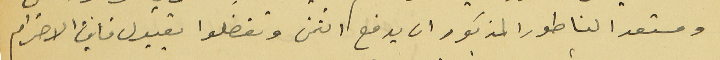
ومستعد الناطور المذكور ان يدفع الثمن وتفضلوا بقبول فايق الاحترام